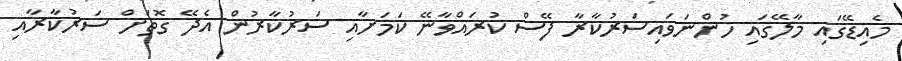
މެއިޑޭގައި މާލޭގައި ހުންނަވައިސަރުކާރާ ފޭސް ކުރައްވާނޭ ކަމަށާއި ސަރުކާރުން އެދޭ ގޮތަށް ސަރުކާރާއި